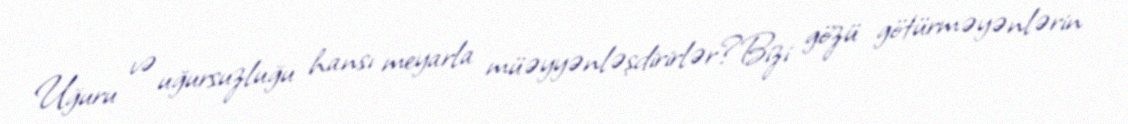
Uğuru və uğursuzluğu hansı meyarla müəyyənləşdirirlər?Bizi gözü götürməyənlərin